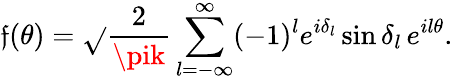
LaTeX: \mathfrak{f}(\theta)=\sqrt{}{{\frac{{2}}{{\pik}}}}\sum_{l=-\infty}^{\infty}(-1)^{l}e^{i\delta_{l}}\sin\delta_{l}\, e^{il\theta}.